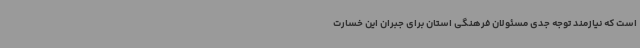
است که نیازمند توجه جدی مسئولان فرهنگی استان برای جبران این خسارت